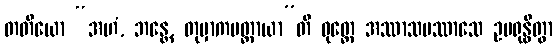
တတိယော “အဟံ, ဘန္တေ, တုမှာကမတ္ထာယာ”တိ ဝုတ္တေ အဿာသပဿာသေ ဥပရုန္ဓိတွာ